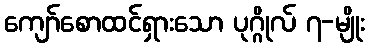
ကျော်စောထင်ရှားသော ပုဂ္ဂိုလ် ၇-မျိုး